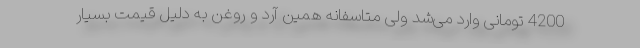
4200 تومانی وارد می‌شد ولی متاسفانه همین آرد و روغن به دلیل قیمت بسیار